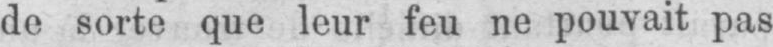
de sorte que leur feu ne pouvait pas